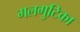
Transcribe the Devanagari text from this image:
गलगुटिका